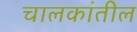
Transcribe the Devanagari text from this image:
चालकांतील